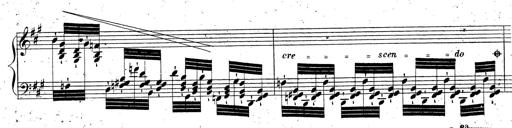
Title: Grande fantaisie sur la tyrolienne de l'opÃ©ra
Composer: Franz Liszt
Key: A major